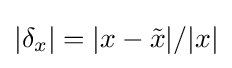
|\delta _{x}|=|x-{\tilde {x}}|/|x|